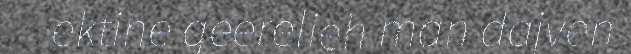
ektine geerelieh man dajven